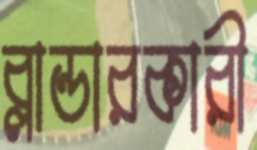
ব্লান্ডারকারী